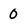
Character: 0